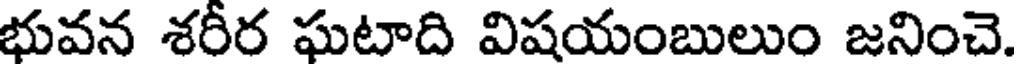
భువన శరీర ఘటాది విషయంబులుం జనించె.